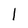
Character: l